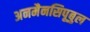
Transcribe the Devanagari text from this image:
अनमैनसिपूबुल